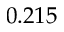
0 . 2 1 5